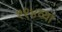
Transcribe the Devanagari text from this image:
११४व्या